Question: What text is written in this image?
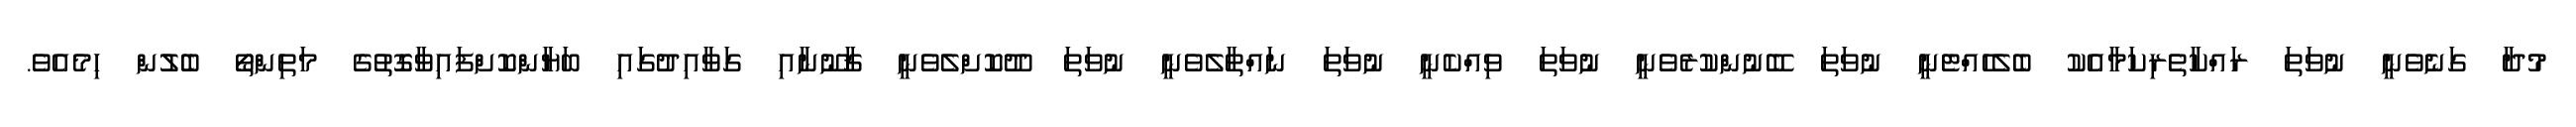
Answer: މުދާ ގަނެވެނީ ނުވަތަ ރައްކާތެރިކަމާއެކު ބެލެހެއްޓެނީ ނުވަތަ ބޭނުންކުރެވެނީ ނުވަތަ ވިއްކެނީ ނުވަތަ ނައްތާލެވެނީ ނުވަތަ ދޫކޮށްލެވެނީ ޤާނޫނާއި ގަވާއިދުގައި ބަޔާންކޮށްފައިވާގޮތުގެ މަތިންތޯ ބެލުން ހިމެއެވެ.